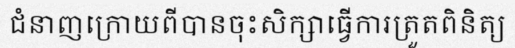
ជំនាញក្រោយពីបានចុះសិក្សាធ្វើការត្រួតពិនិត្យ